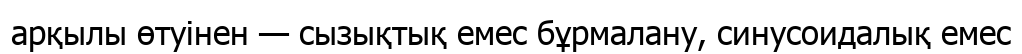
арқылы өтуінен — сызықтық емес бұрмалану, синусоидалық емес